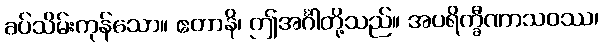
ခပ်သိမ်းကုန်သော။ ဧတာနိ၊ ဤအင်္ဂါတို့သည်။ အပရိက္ခီဏာသဝဿ၊